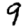
Digit: 9